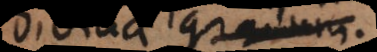
divinae gradum.